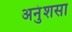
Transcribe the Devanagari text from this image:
अनुंशसा